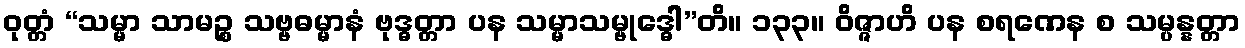
ဝုတ္တံ “သမ္မာ သာမဉ္စ သဗ္ဗဓမ္မာနံ ဗုဒ္ဓတ္တာ ပန သမ္မာသမ္ဗုဒ္ဓေါ”တိ။ ၁၃၃။ ဝိဇ္ဇာဟိ ပန စရဏေန စ သမ္ပန္နတ္တာ